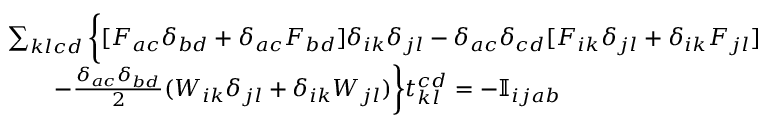
\begin{array} { r l } & { \sum _ { k l c d } \bigg \{ [ F _ { a c } \delta _ { b d } + \delta _ { a c } F _ { b d } ] \delta _ { i k } \delta _ { j l } - \delta _ { a c } \delta _ { c d } [ F _ { i k } \delta _ { j l } + \delta _ { i k } F _ { j l } ] } \\ & { \qquad - \frac { \delta _ { a c } \delta _ { b d } } { 2 } ( W _ { i k } \delta _ { j l } + \delta _ { i k } W _ { j l } ) \bigg \} t _ { k l } ^ { c d } = - \mathbb { I } _ { i j a b } } \end{array}